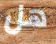
هل